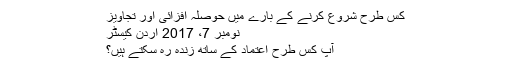
کس طرح شروع کرنے کے بارے میں حوصلہ افزائی اور تجاویز
نومبر 7، 2017 اردن کیسٹر
آپ کس طرح اعتماد کے ساتھ زندہ رہ سکتے ہیں؟